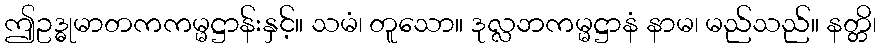
ဤဥဒ္ဓုမာတကကမ္မဋ္ဌာန်းနှင့်။ သမံ၊ တူသော။ ဒုလ္လဘကမ္မဋ္ဌာနံ နာမ၊ မည်သည်။ နတ္တိ၊